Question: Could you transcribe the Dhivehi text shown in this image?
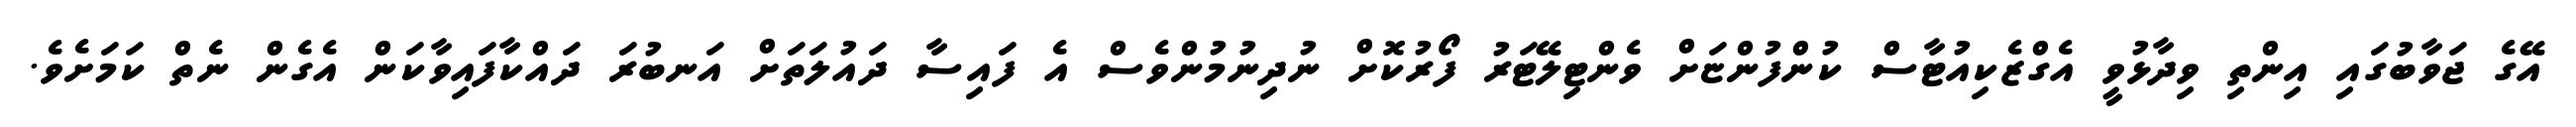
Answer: އޭގެ ޖަވާބުގައި އިންތި ވިދާޅުވީ އެގްޒެކިއުޓާސް ކުންފުންޏަށް ވެންޓިލޭޓަރު ފޯރުކޮށް ނުދިނުމުންވެސް އެ ފައިސާ ދައުލަތަށް އަނބުރަ ދައްކާފައިވާކަން އެގެން ނެތް ކަމަށެވެ.